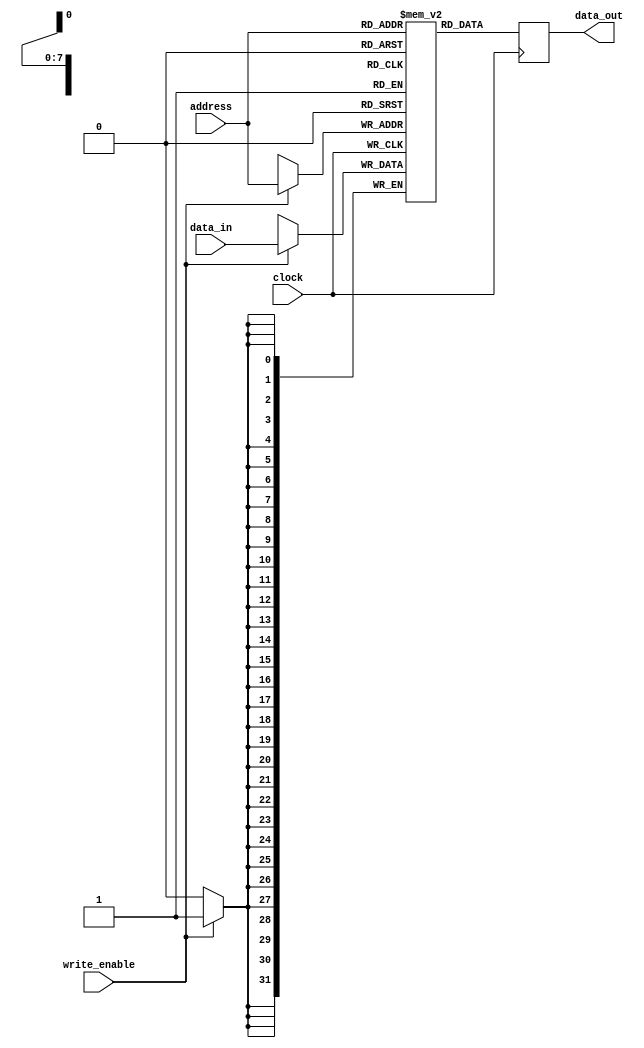
module Shadow_Register_File (
    input wire [7:0] address,
    input wire [31:0] data_in,
    input wire clock,
    input wire write_enable,
    output reg [31:0] data_out
);

reg [31:0] memory_blocks [0:255];

always @(posedge clock) begin
    if (write_enable) begin
        memory_blocks[address] <= data_in;
    end
    data_out <= memory_blocks[address];
end

endmodule